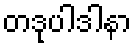
တဒုပါဒါနာ